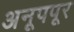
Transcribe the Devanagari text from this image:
अनूपपूर